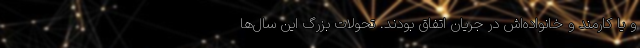
و یا کارمند و خانواده‌اش در جریان اتفاق بودند. تحولات بزرگ این سال‌ها